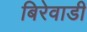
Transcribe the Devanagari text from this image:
बिरेवाडी